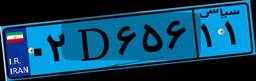
۵۸D۰۷۷۵۴